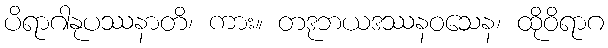
ပိရာဂါနုပဿနာတိ၊ ကား။ တဒုဘယဒဿနဝသေန၊ ထိုဝိရာဂ